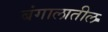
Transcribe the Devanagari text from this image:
बंगालातील